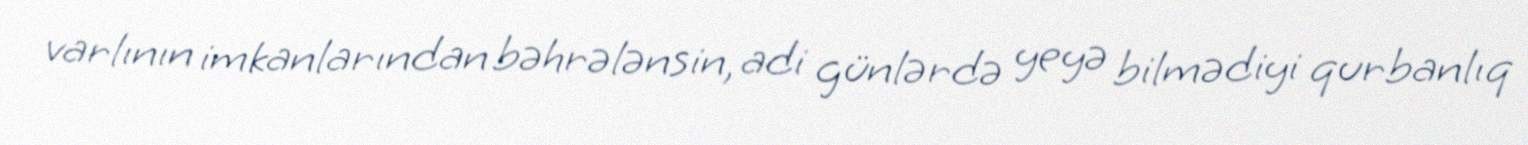
varlının imkanlarından bəhrələnsin, adi günlərdə yeyə bilmədiyi qurbanlıq